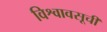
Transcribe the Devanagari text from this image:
विश्वावसूची